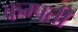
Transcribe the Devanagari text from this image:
कम्पती